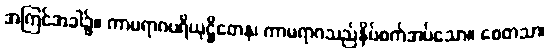
အကြင်အခါ၌။ ကာမရာဂပရိယုဋ္ဌိတေန၊ ကာမရာဂသည်နှိပ်စက်အပ်သော။ စေတသာ၊